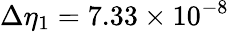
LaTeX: \Delta\eta_{1}=7.33\times 10^{-8}